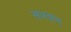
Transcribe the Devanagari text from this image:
सारवान्‌